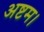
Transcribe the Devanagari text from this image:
अष्टम।